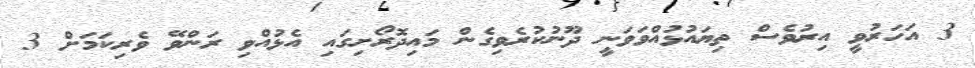
3 އަހަރުވީ އިރުވެސް ތިޔައުޅުއްވަވަނީ ދޫނުކުރެވިގެން މައިދޮރޯށިގައި އެޅުއްވި ރަންވޭ ވެރިކަމަށް 3